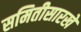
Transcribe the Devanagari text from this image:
समितीसारखे